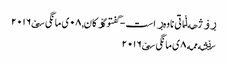
ڕۆژهه‌ڵاتی ناوه‌ڕاست - گفتوگۆکان, ٠٨ ی مانگی سێ ٢٠١٦
سێشه‌ممه‌ ٨ ی مانگی سێ ٢٠١٦